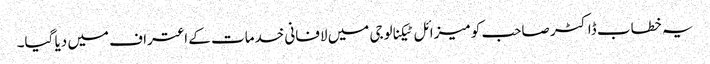
یہ خطاب ڈاکٹر صاحب کو میزائل ٹیکنالوجی میں لافانی خدمات کے اعتراف میں دیا گیا۔